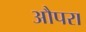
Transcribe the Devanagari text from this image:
औपरा